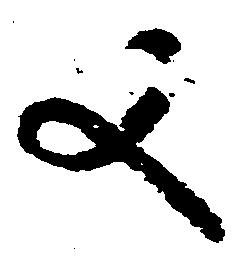
又